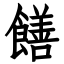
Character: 饍